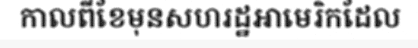
កាលពីខែមុនសហរដ្ឋអាមេរិកដែល